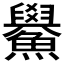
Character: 𫚃